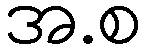
အ.စ